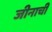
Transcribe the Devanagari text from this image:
जीनाची